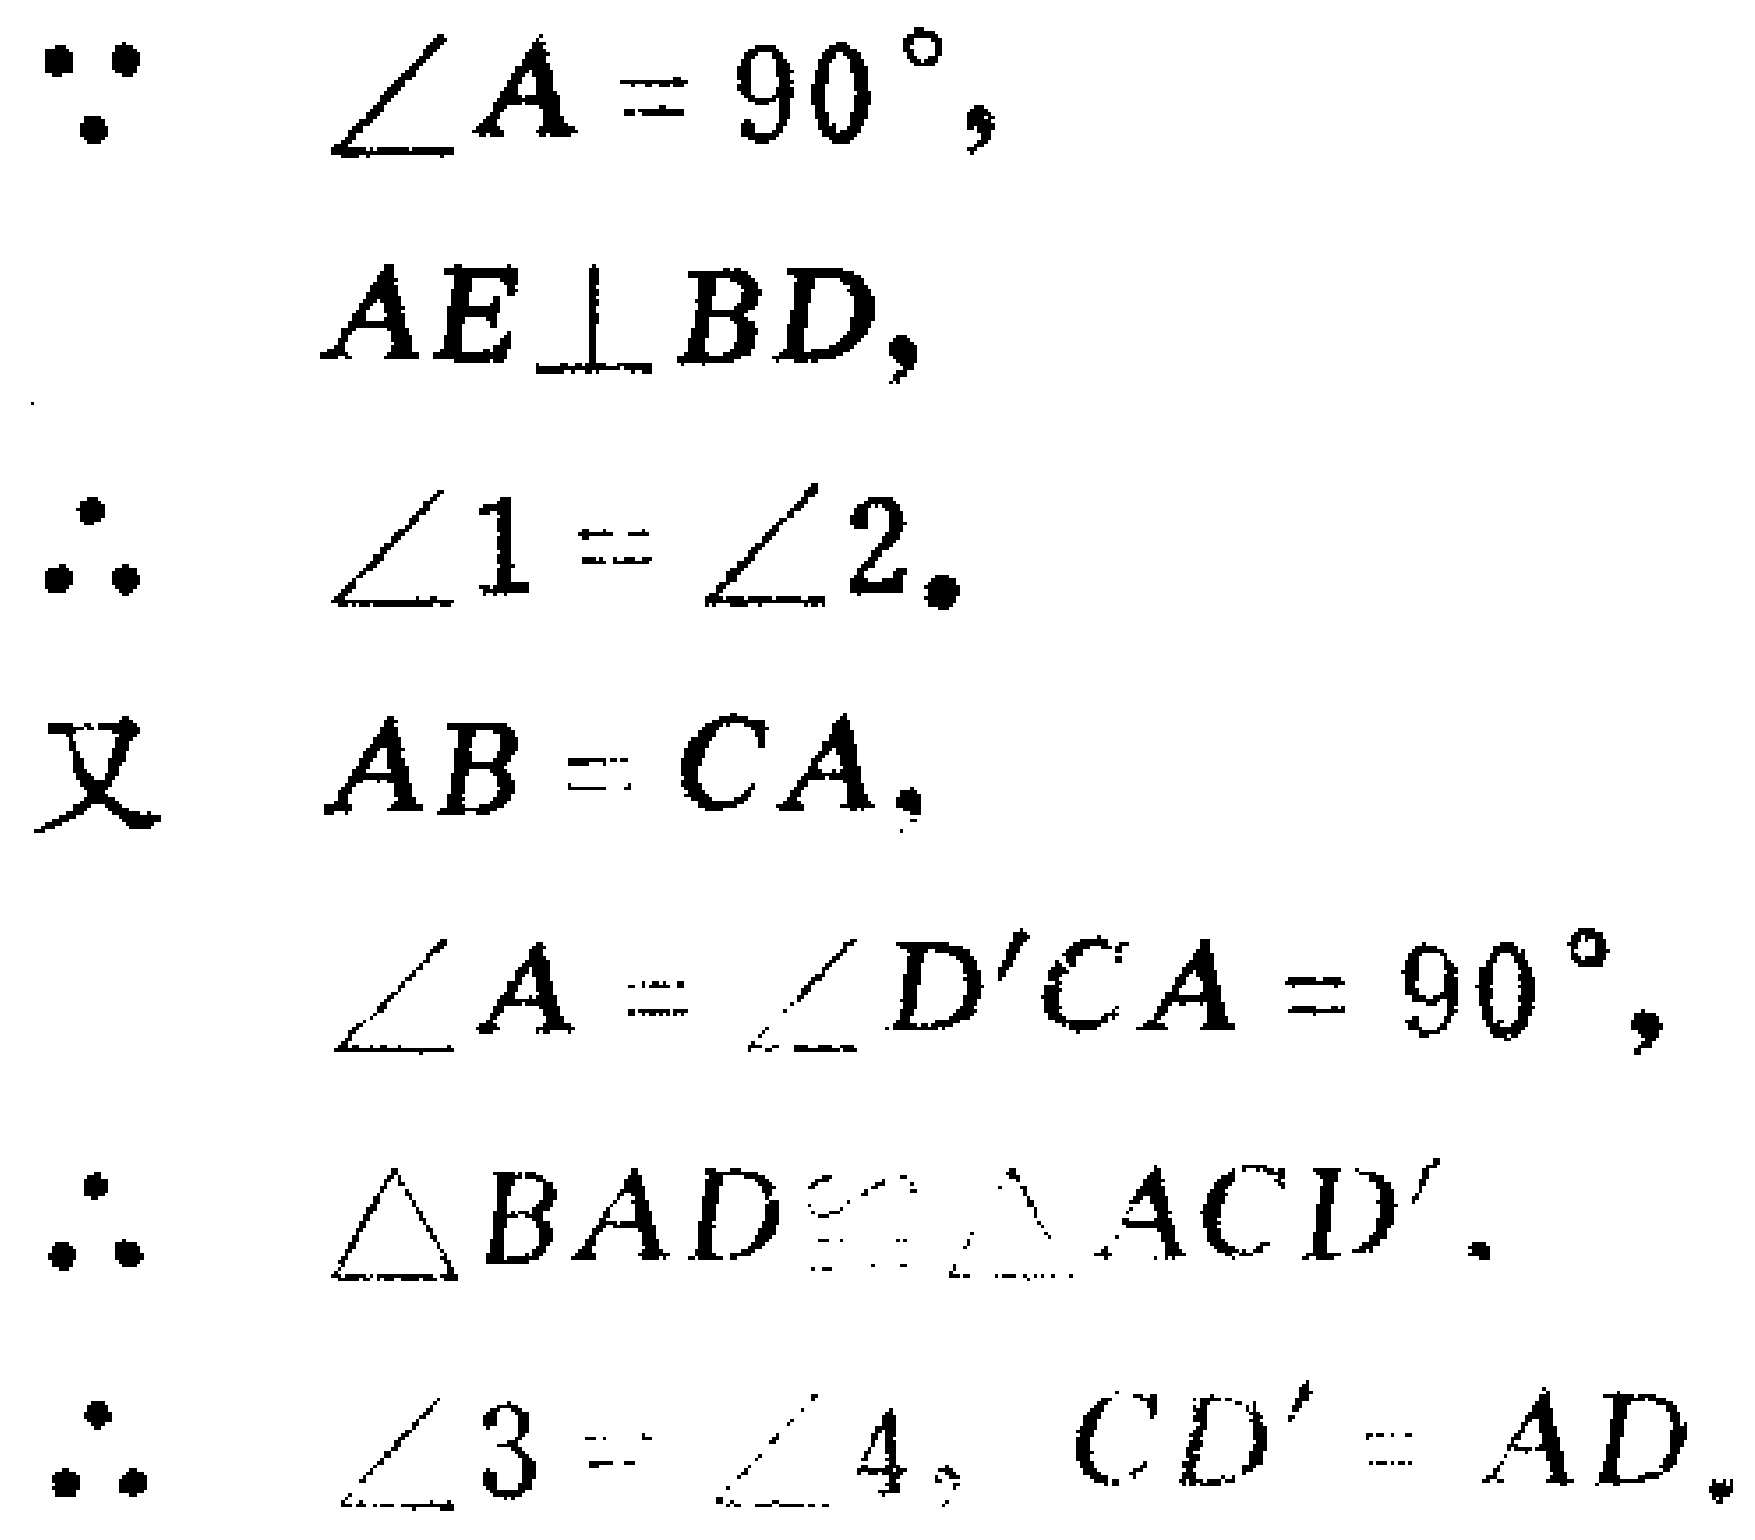
\begin{align*}

\because\quad &\angle A = 90^{\circ},\\

&AE\perp BD,\\

\therefore\quad &\angle 1=\angle 2.\\

\text{又}\quad &AB = CA,\\

&\angle A=\angle D'CA = 90^{\circ},\\

\therefore\quad &\triangle BAD\cong\triangle ACD'.\\

\therefore\quad &\angle 3=\angle 4,\ CD' = AD.

\end{align*}